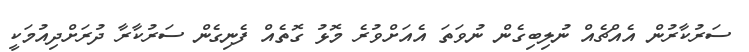
ސަރުކާރުން އެއްޗެއް ނުލިބިގެން ނުވަތަ އެއަށްވުރެ މޮޅު ގޮތެއް ފެނިގެން ސަރުކާރާ ދުރަށްދިއުމަކީ